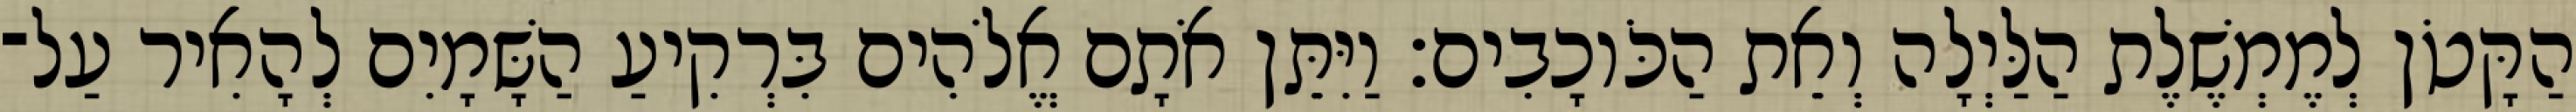
הַקָּטֹן לְמֶמְשֶׁלֶת הַלַּיְלָה וְאֵת הַכֹּוכָבִים׃ וַיִּתֵּן אֹתָם אֱלֹהִים בִּרְקִיעַ הַשָּׁמָיִם לְהָאִיר עַל־